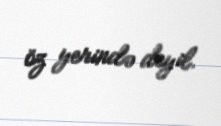
öz yerində deyil.